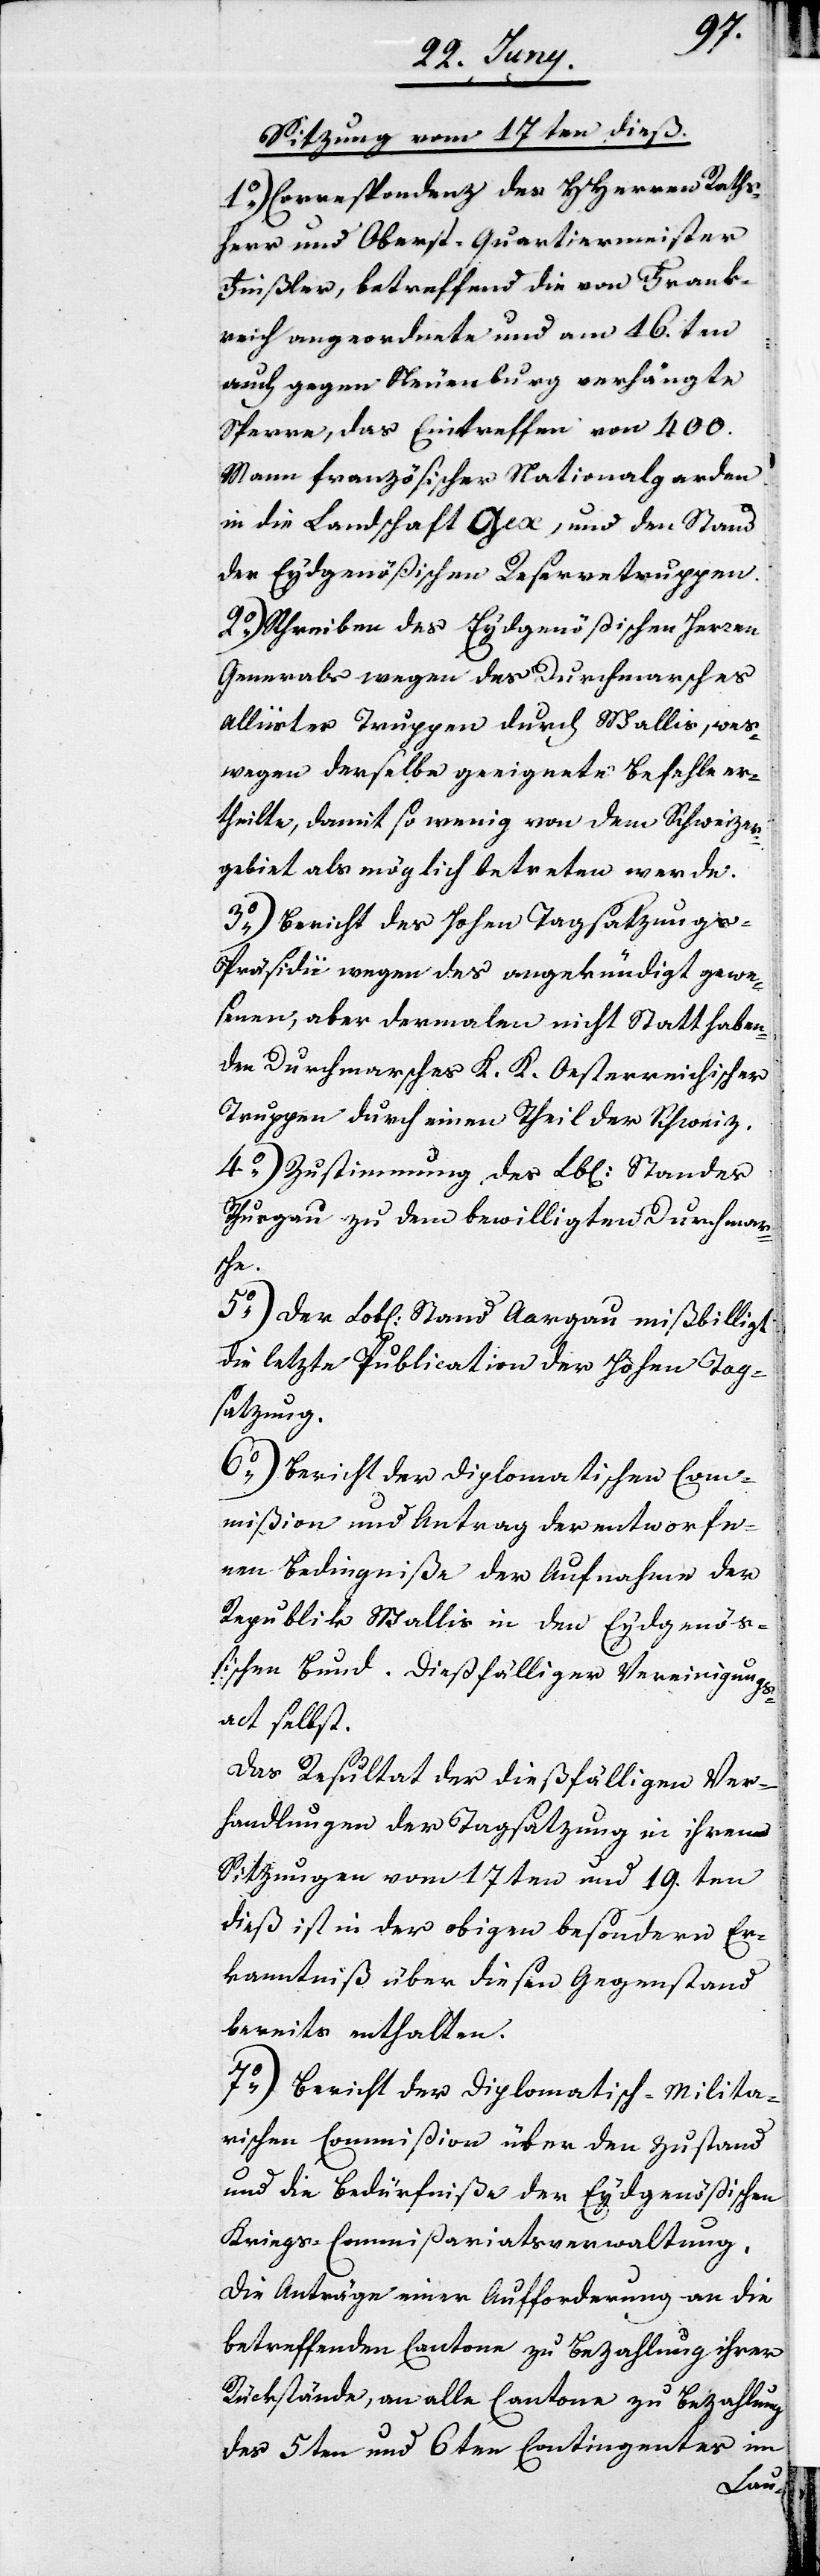
Sitzung von 17ten dieß.
1o) Correspondenz des HHerren Raths¬
herr und Oberst-Quartiermeister
Finsler, betreffend die von Frank¬
reich angeordnete und am 16.ten
auch gegen Neuenburg verhängte
Sperre, das Eintreffen von 400.
Mann französischer Nationalgarden
in die Landschaft Gex, und den Stand
der Eydgenößischen Reservetruppen.
2o) Schreiben des Eydgenößischen Herren
Generals wegen des Durchmarsches
Alliirter Truppen durch Wallis, wes¬
wegen derselbe geeignete Befehle er¬
theilte, damit so wenig von dem Schweizer¬
gebiet als möglich betreten werde.
3o) Bericht des Hohen Tagsatzungs-P¬
räsidii wegen des angekündigt gewe¬
senen, aber dermalen nicht Statt haben¬
den Durchmarsches K. K. Oesterreichischer
Truppen durch einen Theil der Schweiz.
4o) Zustimmung des Lob[lichen] Standes
Thurgau zu dem bewilligten Durchmar¬
sche.
5o) Der Lob[liche] Stand Aargau mißbilligt
die letzte Publication der Hohen Tag¬
satzung.
6o) Bericht der diplomatischen Com¬
mißion und Antrag der entworfe¬
nen Bedingniße der Aufnahme der
Republik Wallis in den Eydgenö¬
ßischen Bund. Dießfälliger Vereinigungs¬
act selbst.
Das Resultat der dießfälligen Ver¬
handlungen der Tagsatzung in ihren
Sitzungen vom 17ten und 19.ten
dieß ist in der obigen besondern Er¬
kanntniß über diesen Gegenstand
bereits enthalten.
7o) Bericht der Diplomatisch-Milita¬
rischen Commißion über den Zustand
und die Bedürfniße der Eydgenößischen
Kriegs-Commißariatsverwaltung.
Die Anträge einer Aufforderung an die
betreffenden Cantone zu Bezahlung ihrer
Rückstände, an alle Cantone zu Bezahlung
des 5ten und 6ten Contingentes im